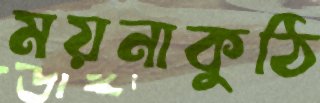
ময়নাকুঠি